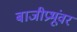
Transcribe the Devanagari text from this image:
बाजीप्रभूंवर